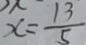
x = \frac { 1 3 } { 5 }